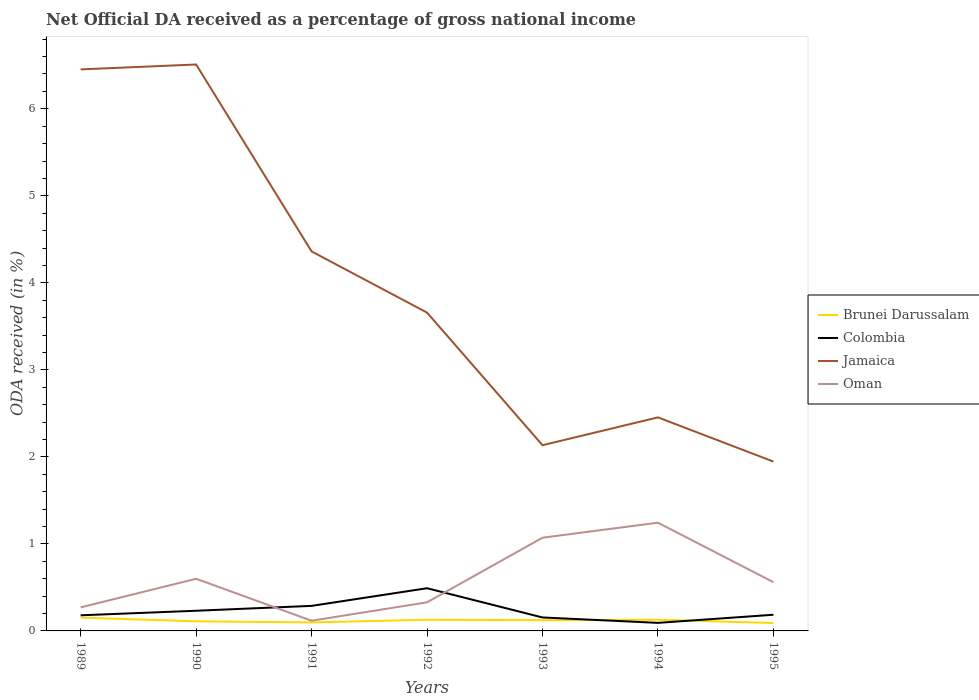
| Years | Brunei Darussalam | Colombia | Jamaica | Oman |
 | --- | --- | --- | --- | --- |
 | 1989 | 0.153 | 0.18 | 6.45 | 0.271 |
 | 1990 | 0.11 | 0.232 | 6.51 | 0.599 |
 | 1991 | 0.0978 | 0.288 | 4.36 | 0.117 |
 | 1992 | 0.128 | 0.491 | 3.66 | 0.329 |
 | 1993 | 0.123 | 0.155 | 2.13 | 1.07 |
 | 1994 | 0.129 | 0.0927 | 2.45 | 1.24 |
 | 1995 | 0.0906 | 0.186 | 1.95 | 0.56 |